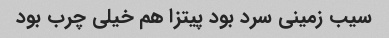
سیب زمینی سرد بود پیتزا هم خیلی چرب بود